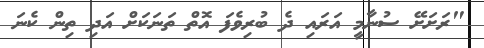
"ރަށަށޭ ސުނާމީ އަރައި ދެ ބުރިވެފަ އޮތް ތަނަކަށް އަދި ތިން ކެނަ